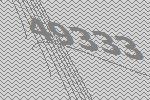
49333